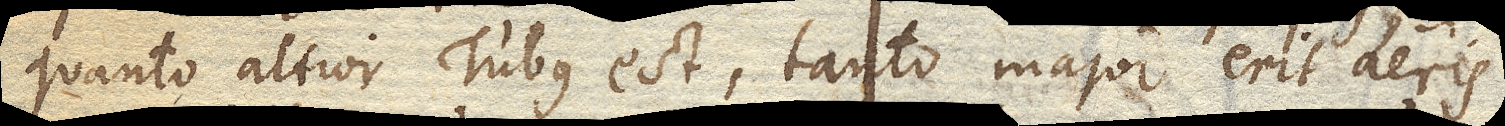
quanto altior Tubus est, tanto major erit aeris